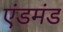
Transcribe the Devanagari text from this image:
एंडमंड